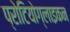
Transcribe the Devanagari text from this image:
प्रोटियोग्लाइकन